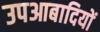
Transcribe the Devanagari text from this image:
उपआबादियों